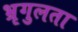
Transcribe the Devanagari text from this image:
भ्रृगुलता